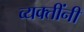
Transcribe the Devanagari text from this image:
व्यक्तींनीं